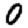
Digit: 0